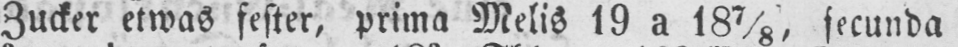
Zucker etwas fester, prima Melis 19 a 187/8, secunda